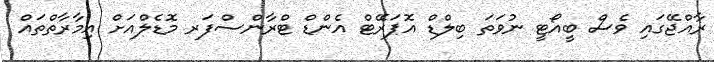
ރާއްޖޭގައި ވެސް ބީއޯޓީ ނުވަތަ ބިލްޑް އޮޕަރޭޓް އެންޑް ޓްރާންސްފަރ މޮޑެލްއަށް އިމާރާތްތައް